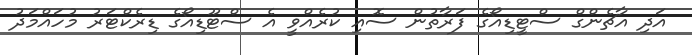
އަދި އާޗެންގް ސްޓީޑިއޯގެ ފަރާތުން ސޮއި ކުރެއްވީ އެ ސްޓޫޑިއޯގެ ޑިރެކްޓަރު މުހައްމަދު